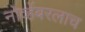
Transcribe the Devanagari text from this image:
नोव्हेंबरलाच